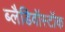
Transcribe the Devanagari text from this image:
ब्लैडिवॉस्टॉक